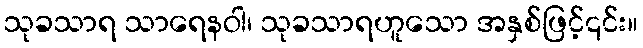
သုခသာရ သာရေနဝါ၊ သုခသာရဟူသော အနှစ်ဖြင့်၎င်း။